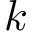
k